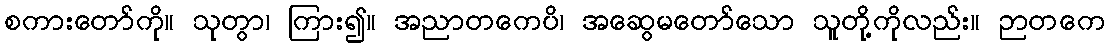
စကားတော်ကို။ သုတွာ၊ ကြား၍။ အညာတကေပိ၊ အဆွေမတော်သော သူတို့ကိုလည်း။ ဉာတကေ